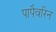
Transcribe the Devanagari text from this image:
पापैवरिन